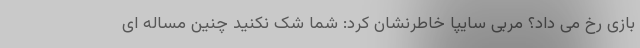
بازی رخ می داد؟ مربی سایپا خاطرنشان کرد: شما شک نکنید چنین مساله ای